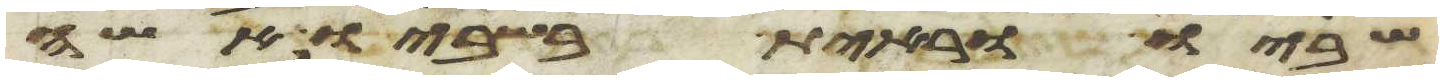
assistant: שביו וראית בשביו אשה